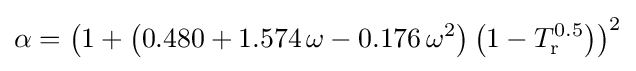
\alpha =\left(1+\left(0.480+1.574\,\omega -0.176\,\omega ^{2}\right)\left(1-T_{\text{r}}^{0.5}\right)\right)^{2}